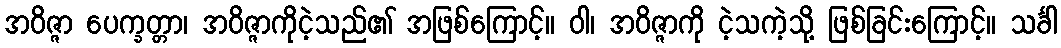
အဝိဇ္ဇာ ပေက္ခတ္တာ၊ အဝိဇ္ဇာကိုငဲ့သည်၏ အဖြစ်ကြောင့်။ ဝါ၊ အဝိဇ္ဇာကို ငဲ့သကဲ့သို့ ဖြစ်ခြင်းကြောင့်။ သင်္ခါ